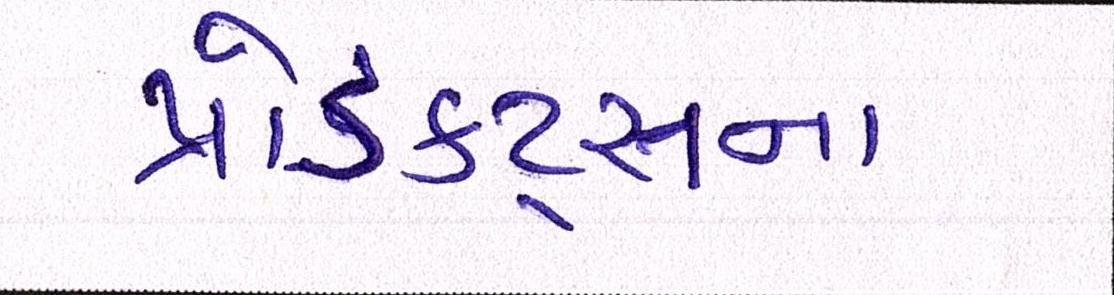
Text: પ્રોડક્ટ્સના